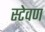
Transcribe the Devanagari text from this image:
स्टेवण